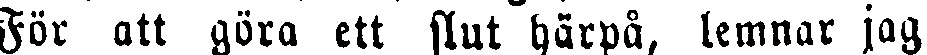
För att göra ett slut härpå, lemnar jag